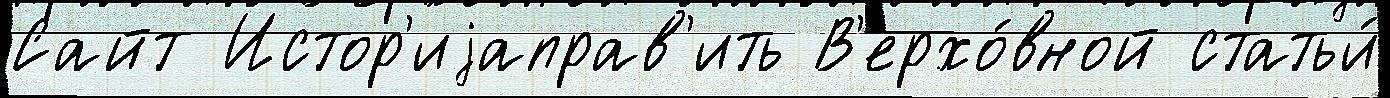
Сайт Истор'иjаправ'ить В'ерхо́вной статьи́